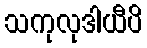
သကုလုဒါယီပိ